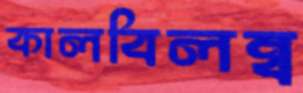
কালবিলম্ব